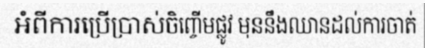
អំពីការប្រើប្រាស់ចិញ្ចើមផ្លូវ មុននឹងឈានដល់ការចាត់